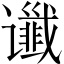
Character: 谶